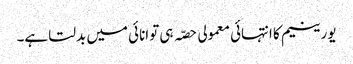
یورینیم کا انتہائی معمولی حصّہ ہی توانائی میں بدلتا ہے۔